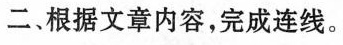
二、根据文章内容,完成连线。